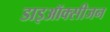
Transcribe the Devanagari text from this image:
डाइऑक्सीजन